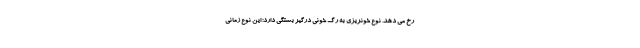
رخ می دهد. نوع خونریزی به رگ خونی درگیر بستگی دارد: این نوع زمانی